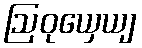
ဩဝုယှေယျ